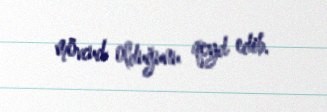
mövcud olduğunu qeyd edib.